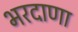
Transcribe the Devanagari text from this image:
भरदाणा